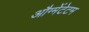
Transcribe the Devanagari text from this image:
औग्मेंटेटम